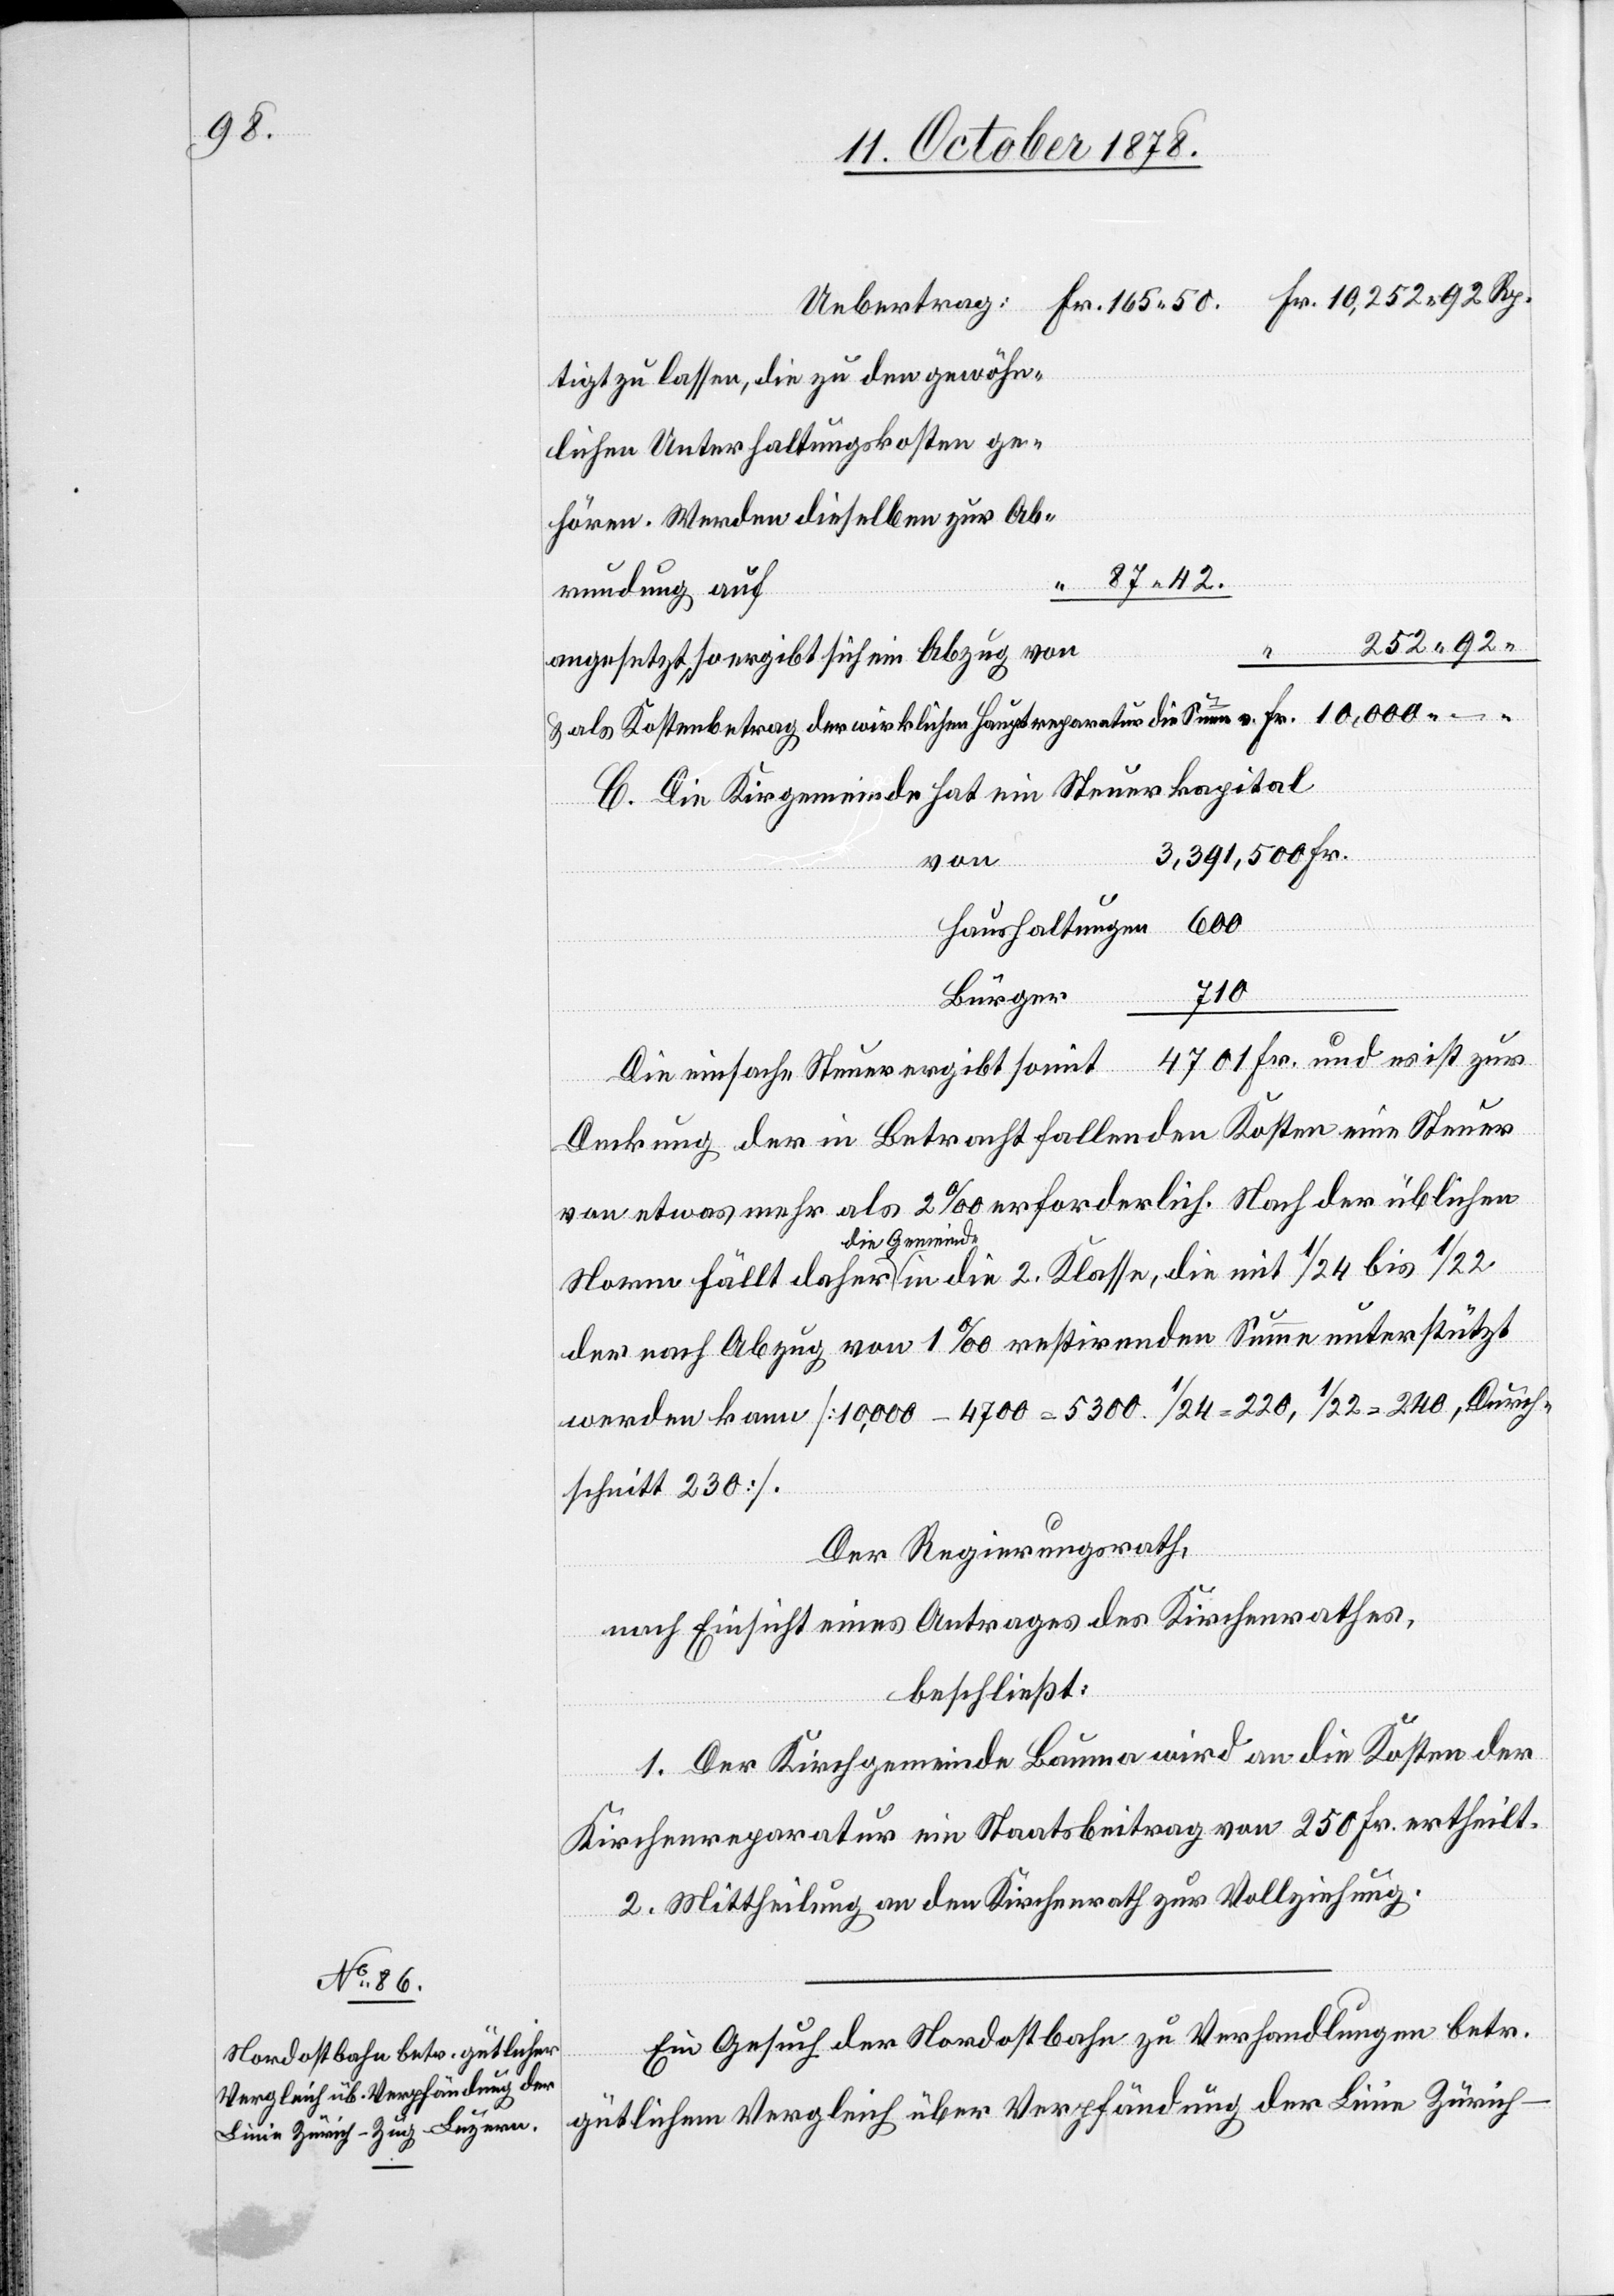
tigt zu lassen, die zu den gewöhn¬
87 42
Abrundung auf
252 92
angesetzt, so ergibt sich ein Abzug von
& als Kostenbertrag der wirklichen Hauptreparatur die Summe v.
C. Die Kirchgemeinde hat ein Steuerkapital
3,391,500 Fr.
2.
Haushaltungen 600
710
Bürger
Die einfache Steuer ergibt somit 4701 Fr. und es ist zur
bis
Deckung der in Betracht fallenden Kosten eine Steuer
von etwas mehr als 2‰ erforderlich. Nach der üblichen
die Gemeinde
der nach Abzug von 1‰ restirenden Summe unterstützt
werden kann [10,000 – 4700 = 5300. 1/24 = 220, 1/22 = 240, Durch¬
schnitt 230].
Der Regierungsrath,
nach Einsicht eines Antrages des Kirchenrathes,
beschließt:
1. Der Kirchgemeinde Bauma wird an die Kosten der
Kirchenreparatur ein Staatsbeitrag von 250 Fr. ertheilt.
2. Mittheilung an den Kirchenrath zur Vollziehung.
Ein Gesuch der Nordostbahn zu Verhandlungen betr.
gütlichem Vergleich über Verpfändung der Linie Zürich–